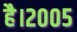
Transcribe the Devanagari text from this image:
है।२००५